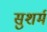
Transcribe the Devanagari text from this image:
सुशर्म